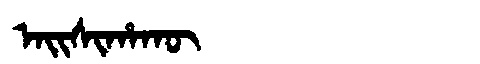
Manchu: ᠠᡳᠰᡳᡥᠠᡴᡡ
Romanization: AISIHAKŪ